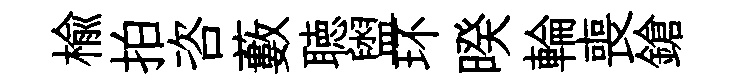
楡拍咨藪聴盥环暌輪喪鎗